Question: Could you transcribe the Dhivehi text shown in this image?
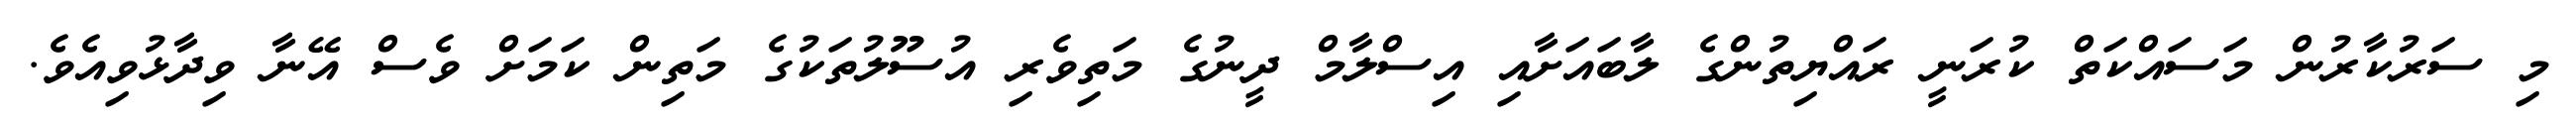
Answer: މި ސަރުކާރުން މަސައްކަތް ކުރަނީ ރައްޔިތުންގެ ލާބައަށާއި އިސްލާމް ދީނުގެ މަތިވެރި އުސޫލުތަކުގެ މަތިން ކަމަށް ވެސް އޭނާ ވިދާޅުވިއެވެ.